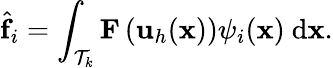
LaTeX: \hat{\mathbf{f}}_{i}=\int_{\mathcal T_{k}}\mathbf{F}\left(\mathbf{u}_{h}(\mathbf{x})\right){\psi}_{i}(\mathbf{x})\ \mathrm{d}\mathbf{x}.